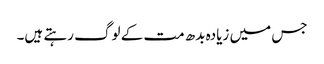
جس میں زیادہ بدھ مت کے لوگ رہتے ہیں۔